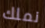
نملك